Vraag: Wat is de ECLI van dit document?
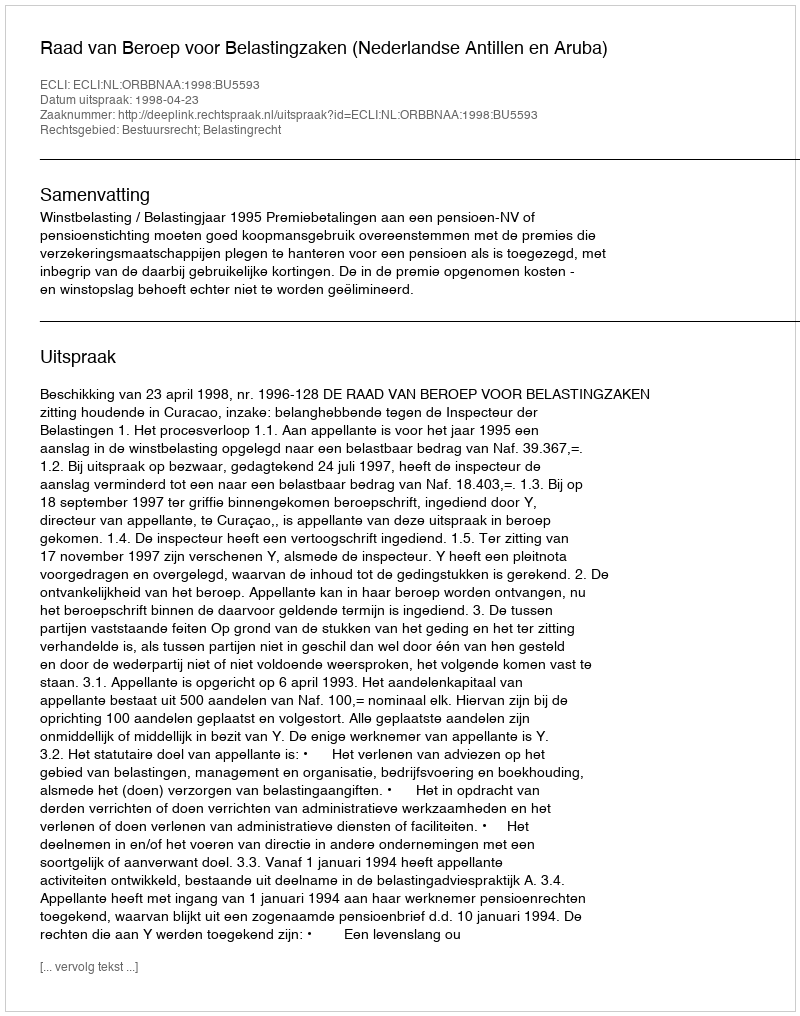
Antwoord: ECLI:NL:ORBBNAA:1998:BU5593